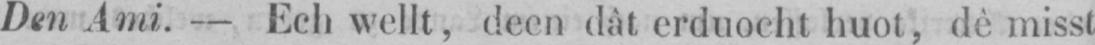
Den Ami. - Ech wellt, deen dât erduocht huot, dè misst